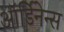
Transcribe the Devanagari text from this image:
ऑर्डिनेन्स